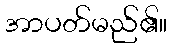
အာပတ်မည်၏။